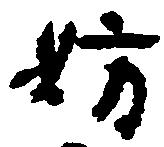
妨